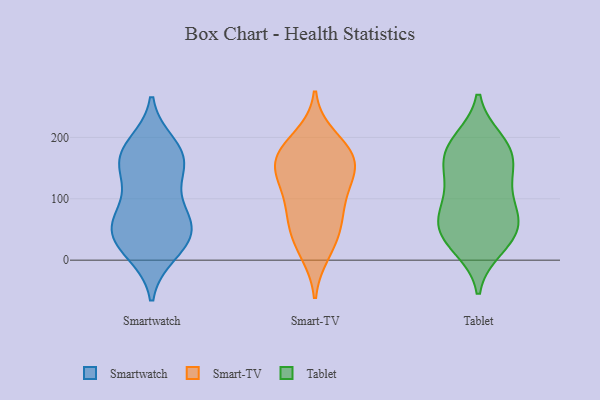
{"axis": {"x": "Satisfaction Score", "y": "Value"}, "legend": ["Smart-TV", "Smartwatch", "Tablet"], "data": [{"x": "", "y": 188, "type": "Smartwatch"}, {"x": "", "y": 47, "type": "Smartwatch"}, {"x": "", "y": 103, "type": "Smartwatch"}, {"x": "", "y": 171, "type": "Smartwatch"}, {"x": "", "y": 154, "type": "Smartwatch"}, {"x": "", "y": 12, "type": "Smartwatch"}, {"x": "", "y": 16, "type": "Smartwatch"}, {"x": "", "y": 49, "type": "Smartwatch"}, {"x": "", "y": 164, "type": "Smartwatch"}, {"x": "", "y": 175, "type": "Smartwatch"}, {"x": "", "y": 75, "type": "Smartwatch"}, {"x": "", "y": 36, "type": "Smartwatch"}, {"x": "", "y": 142, "type": "Smartwatch"}, {"x": "", "y": 53, "type": "Smartwatch"}, {"x": "", "y": 64, "type": "Smartwatch"}, {"x": "", "y": 145, "type": "Smart-TV"}, {"x": "", "y": 28, "type": "Smart-TV"}, {"x": "", "y": 143, "type": "Smart-TV"}, {"x": "", "y": 118, "type": "Smart-TV"}, {"x": "", "y": 162, "type": "Smart-TV"}, {"x": "", "y": 76, "type": "Smart-TV"}, {"x": "", "y": 111, "type": "Smart-TV"}, {"x": "", "y": 69, "type": "Smart-TV"}, {"x": "", "y": 170, "type": "Smart-TV"}, {"x": "", "y": 54, "type": "Smart-TV"}, {"x": "", "y": 171, "type": "Smart-TV"}, {"x": "", "y": 200, "type": "Smart-TV"}, {"x": "", "y": 177, "type": "Smart-TV"}, {"x": "", "y": 13, "type": "Smart-TV"}, {"x": "", "y": 181, "type": "Tablet"}, {"x": "", "y": 121, "type": "Tablet"}, {"x": "", "y": 78, "type": "Tablet"}, {"x": "", "y": 57, "type": "Tablet"}, {"x": "", "y": 59, "type": "Tablet"}, {"x": "", "y": 34, "type": "Tablet"}, {"x": "", "y": 33, "type": "Tablet"}, {"x": "", "y": 21, "type": "Tablet"}, {"x": "", "y": 190, "type": "Tablet"}, {"x": "", "y": 194, "type": "Tablet"}, {"x": "", "y": 67, "type": "Tablet"}, {"x": "", "y": 96, "type": "Tablet"}, {"x": "", "y": 166, "type": "Tablet"}, {"x": "", "y": 155, "type": "Tablet"}, {"x": "", "y": 143, "type": "Tablet"}]}